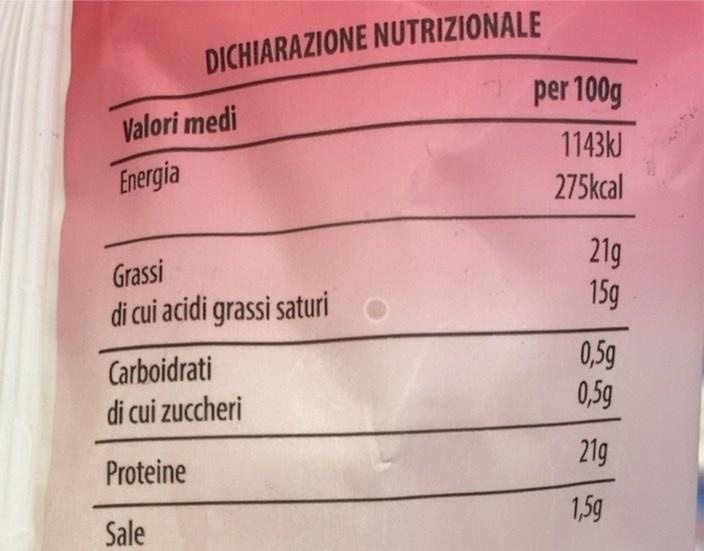
DICHIARAZIONE NUTRIZIONALE
Valori medi
Energia
Grassi
di cui acidi grassi saturi
Carboidrati
di cui zuccheri
Proteine
Sale
per 100g
1143kJ
275kcal
21g
15g
0,5g
0,5g
21g
1,5g